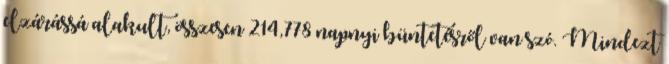
elzárássá alakult, összesen 214,778 napnyi büntetésről van szó. Mindezt